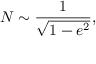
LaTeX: N \sim \frac { 1 } { \sqrt { 1 - e ^ { 2 } } } ,